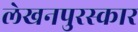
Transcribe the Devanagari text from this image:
लेखनपुरस्कार